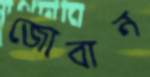
জোবান